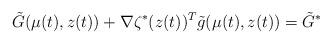
LaTeX: \begin{align*} \tilde G(\mu(t) , z(t)) + \nabla \zeta^*(z(t))^T \tilde g(\mu(t) , z(t))= \tilde{G}^*\end{align*}